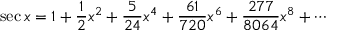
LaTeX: \sec x = 1 + { \frac { 1 } { 2 } } x ^ { 2 } + { \frac { 5 } { 2 4 } } x ^ { 4 } + { \frac { 6 1 } { 7 2 0 } } x ^ { 6 } + { \frac { 2 7 7 } { 8 0 6 4 } } x ^ { 8 } + \cdots